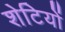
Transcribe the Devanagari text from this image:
शेटियों